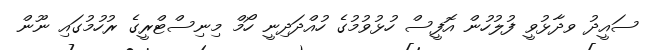
ސައީދު ވދާޅުވީ ފުލުހުން އޮފީސް ހުޅުވުމުގެ ހުއްދަދިނީ ހޯމް މިނިސްޓްރީގެ ރުހުމުގައި ނޫން